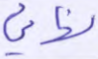
نهائي